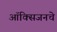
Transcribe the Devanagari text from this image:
ऑक्‍सिजनचे